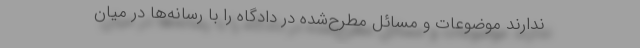
ندارند موضوعات و مسائل مطرح‌شده در دادگاه را با رسانه‌‌ها در میان